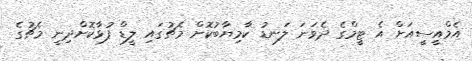
އެމްއީސީއަށް އެ ޓީމްގެ ދެވަނަ ލަނޑު ކާމިޔާބުކޮށް މެޗުގައި ލީޑް ފުޅާކޮށްދިނީ މެޗުގެ